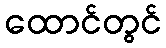
ထောင်တွင်